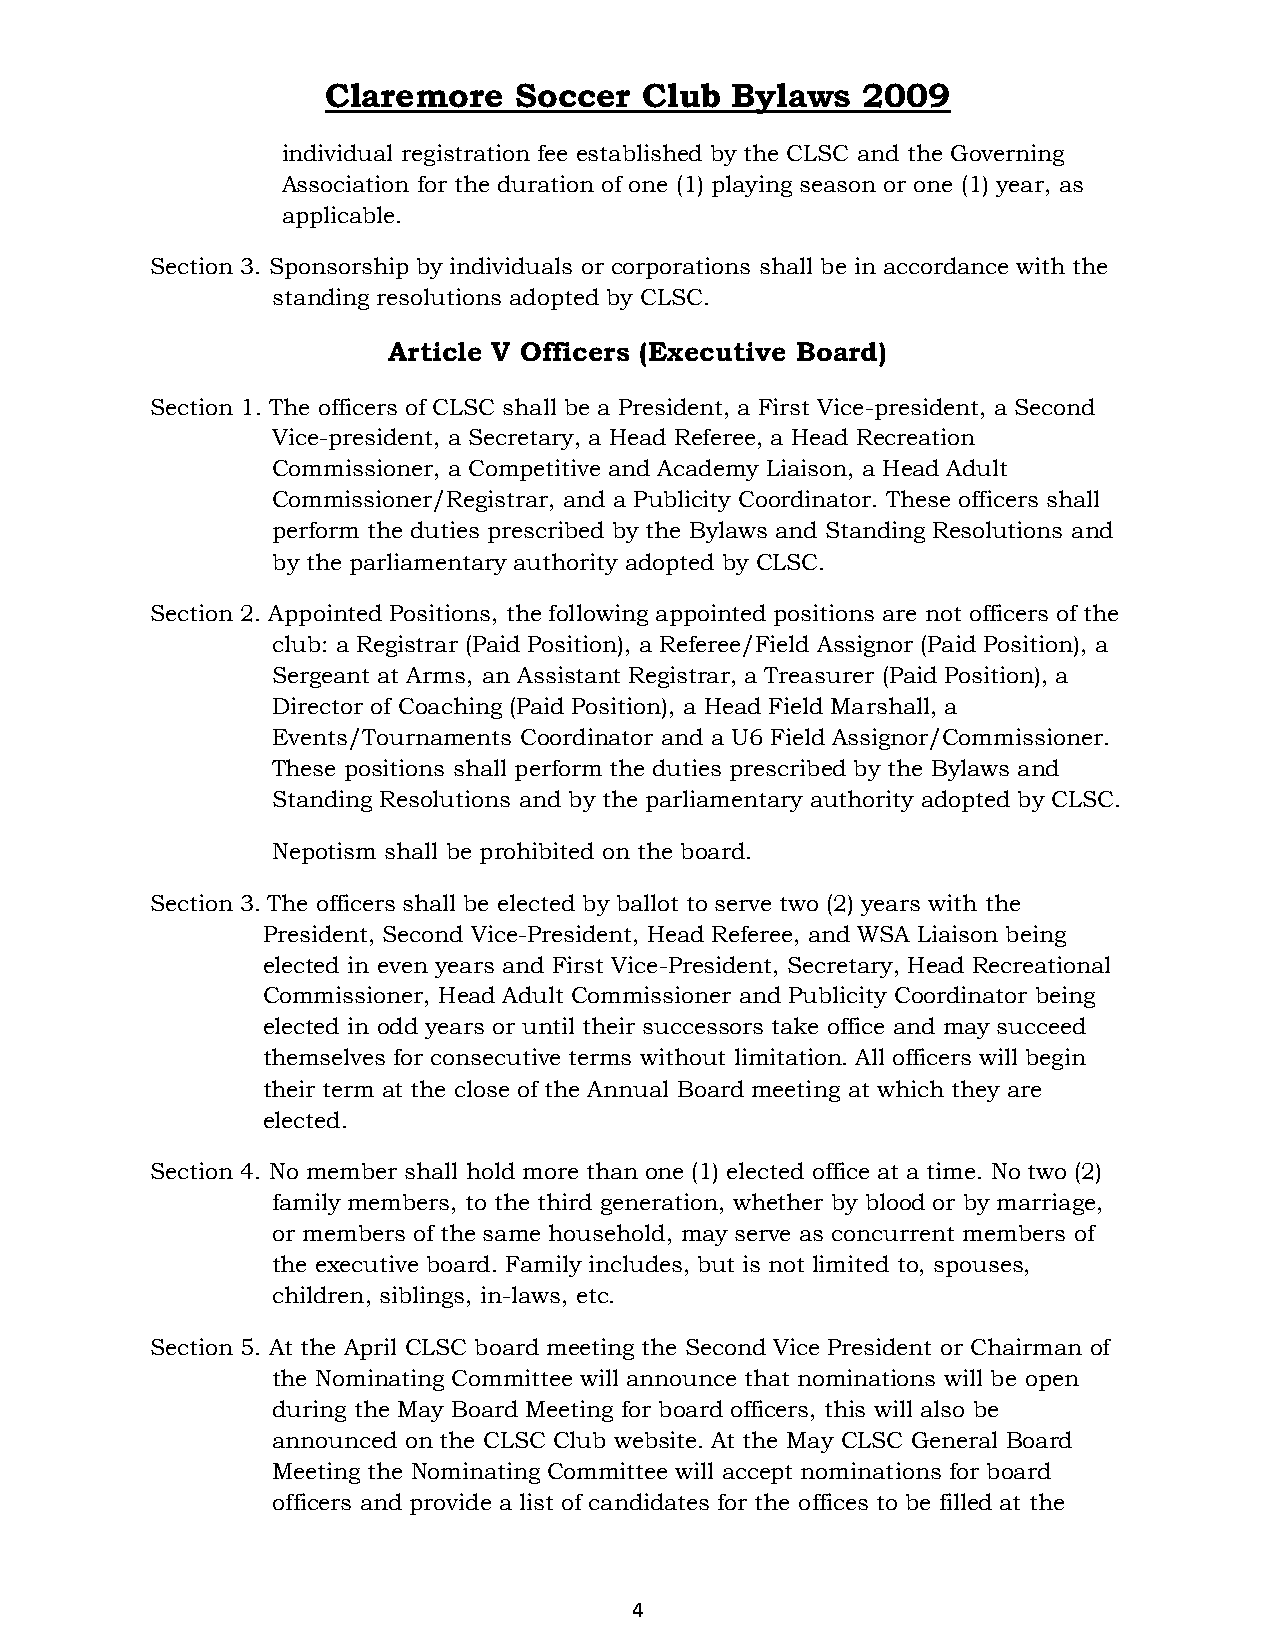
Claremore   Soccer   Club Bylaws   2009
 individual registration fee established by the CLSC and the Governing
 Association for the duration of one (1) playing season or one (1) year, as
 applicable.
 Section 3. Sponsorship by individuals or corporations shall be in accordance with the
 standing resolutions adopted by CLSC.
 Article V Officers (Executive Board)
 Section 1. The officers of CLSC shall be a President, a First Vice-president, a Second
 Vice-president, a Secretary, a Head Referee, a Head Recreation
 Commissioner, a Competitive and Academy Liaison, a Head Adult
 Commissioner/Registrar, and a Publicity Coordinator. These officers shall
 perform the duties prescribed by the Bylaws and Standing Resolutions and
 by the parliamentary authority adopted by CLSC.
 Section 2. Appointed Positions, the following appointed positions are not officers of the
 club: a Registrar (Paid Position), a Referee/Field Assignor (Paid Position), a
 Sergeant at Arms, an Assistant Registrar, a Treasurer (Paid Position), a
 Director of Coaching (Paid Position), a Head Field Marshall, a
 Events/Tournaments Coordinator and a U6 Field Assignor/Commissioner.
 These positions shall perform the duties prescribed by the Bylaws and
 Standing Resolutions and by the parliamentary authority adopted by CLSC.
 Nepotism shall be prohibited on the board.
 Section 3. The officers shall be elected by ballot to serve two (2) years with the
 President, Second Vice-President, Head Referee, and WSA Liaison being
 elected in even years and First Vice-President, Secretary, Head Recreational
 Commissioner, Head Adult Commissioner and Publicity Coordinator being
 elected in odd years or until their successors take office and may succeed
 themselves for consecutive terms without limitation. All officers will begin
 their term at the close of the Annual Board meeting at which they are
 elected.
 Section 4. No member shall hold more than one (1) elected office at a time. No two (2)
 family members, to the third generation, whether by blood or by marriage,
 or members of the same household, may serve as concurrent members of
 the executive board. Family includes, but is not limited to, spouses,
 children, siblings, in-laws, etc.
 Section 5. At the April CLSC board meeting the Second Vice President or Chairman of
 the Nominating Committee will announce that nominations will be open
 during the May Board Meeting for board officers, this will also be
 announced on the CLSC Club website. At the May CLSC General Board
 Meeting the Nominating Committee will accept nominations for board
 officers and provide a list of candidates for the offices to be filled at the
 4